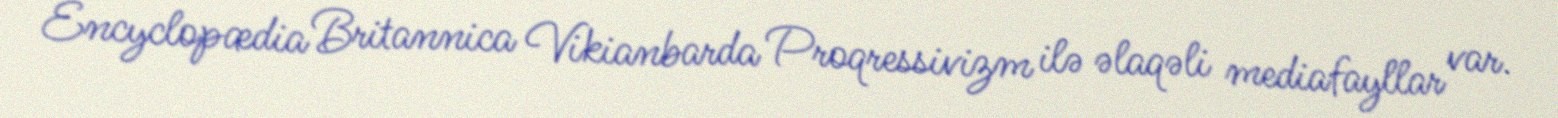
Encyclopædia Britannica Vikianbarda Proqressivizm ilə əlaqəli mediafayllar var.